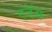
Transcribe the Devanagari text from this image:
एडॅम